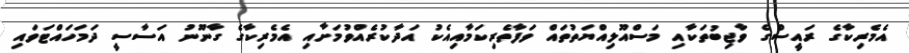
އެމެރިކާގެ ރައީސްގެ ވާޖިބުތަކާއި މަސްއޫލިއްޔަތުތައް ވަފާތެރިކަމާއިއެކު އަދާކުރެއްވުމަށާއި އެމެރިކާގެ ގާނޫނު އަސާސީ ދަމަހައްޓަވައި